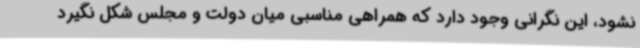
نشود، این نگرانی وجود دارد که همراهی مناسبی میان دولت و مجلس شکل نگیرد